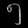
Digit: ၅